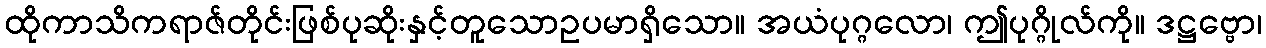
ထိုကာသိကရာဇ်တိုင်းဖြစ်ပုဆိုးနှင့်တူသောဥပမာရှိသော။ အယံပုဂ္ဂလော၊ ဤပုဂ္ဂိုလ်ကို။ ဒဋ္ဌဗ္ဗော၊